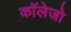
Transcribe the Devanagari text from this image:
काॅलेजो